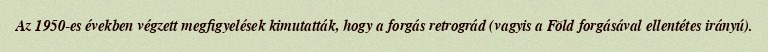
Az 1950-es években végzett megfigyelések kimutatták, hogy a forgás retrográd (vagyis a Föld forgásával ellentétes irányú).